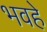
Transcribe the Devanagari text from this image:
भवहे